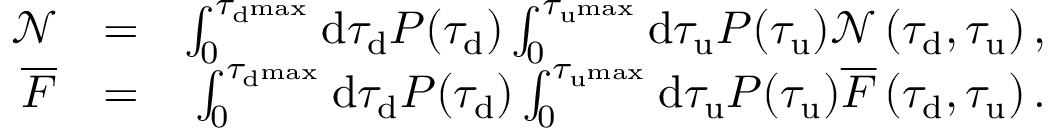
\begin{array} { r l r } { \mathcal { N } } & { = } & { \int _ { 0 } ^ { \tau _ { \mathrm { d } ^ { \mathrm { m a x } } } } \mathrm { d } \tau _ { \mathrm { d } } P ( \tau _ { \mathrm { d } } ) \int _ { 0 } ^ { \tau _ { \mathrm { u } ^ { \mathrm { m a x } } } } \mathrm { d } \tau _ { \mathrm { u } } P ( \tau _ { \mathrm { u } } ) \mathcal { N } \left( \tau _ { \mathrm { d } } , \tau _ { \mathrm { u } } \right) , } \\ { \overline { { F } } } & { = } & { \int _ { 0 } ^ { \tau _ { \mathrm { d } ^ { \mathrm { m a x } } } } \mathrm { d } \tau _ { \mathrm { d } } P ( \tau _ { \mathrm { d } } ) \int _ { 0 } ^ { \tau _ { \mathrm { u } ^ { \mathrm { m a x } } } } \mathrm { d } \tau _ { \mathrm { u } } P ( \tau _ { \mathrm { u } } ) \overline { { F } } \left( \tau _ { \mathrm { d } } , \tau _ { \mathrm { u } } \right) . } \end{array}